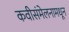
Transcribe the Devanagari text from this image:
कवीसंमेलनामधून